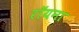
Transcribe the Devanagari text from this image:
रॉयना